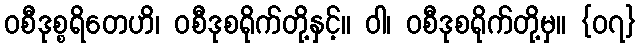
ဝစီဒုစ္စရိတေဟိ၊ ဝစီဒုစရိုက်တို့နှင့်။ ဝါ၊ ဝစီဒုစရိုက်တို့မှ။ {၀၇}